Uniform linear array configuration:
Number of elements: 8
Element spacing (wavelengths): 0.75
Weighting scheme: cosine
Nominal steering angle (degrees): -60
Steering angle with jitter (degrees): -60.22
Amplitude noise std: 0.05
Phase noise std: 0.05

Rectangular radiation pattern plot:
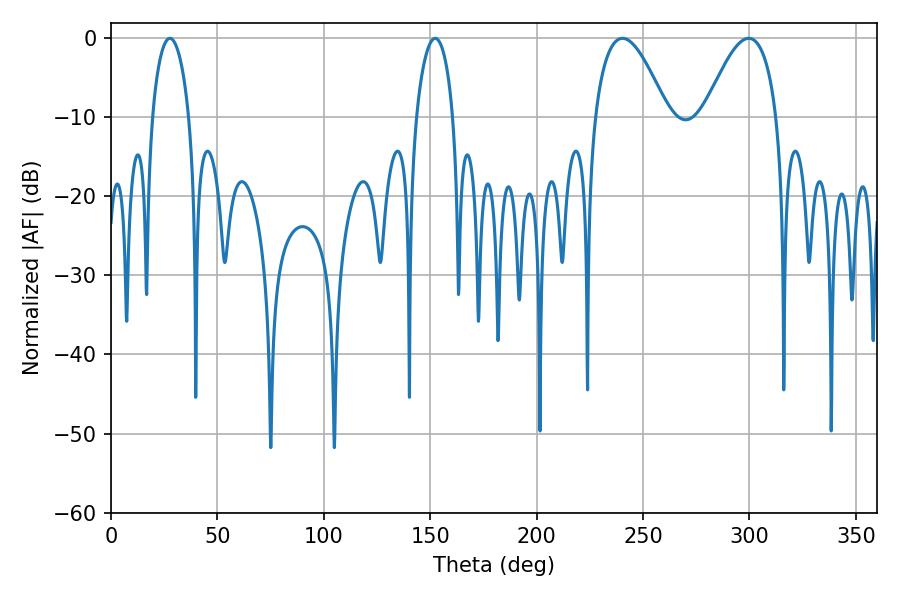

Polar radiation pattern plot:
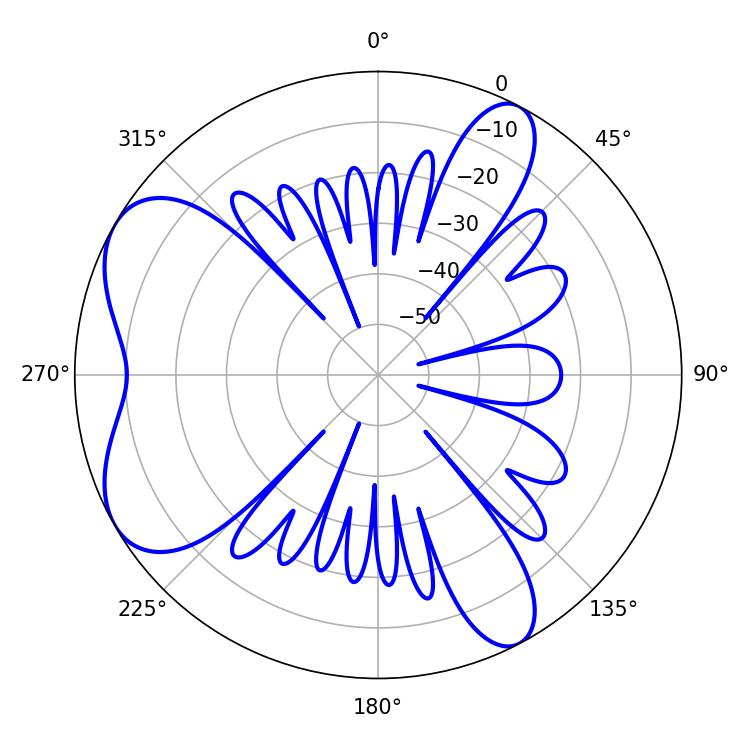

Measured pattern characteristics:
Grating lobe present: TRUE
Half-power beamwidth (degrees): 18.72
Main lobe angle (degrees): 240.3